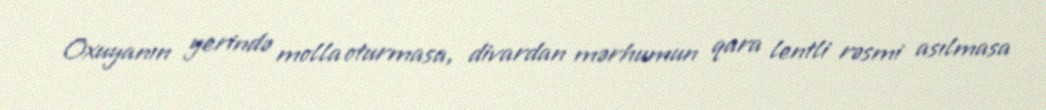
Oxuyanın yerində molla oturmasa, divardan mərhumun qara lentli rəsmi asılmasa